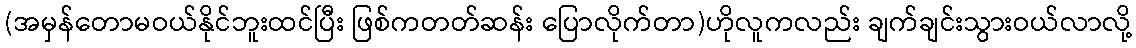
(အမှန်တောမဝယ်နိုင်ဘူးထင်ပြီး ဖြစ်ကတတ်ဆန်း ပြောလိုက်တာ)ဟိုလူကလည်း ချက်ချင်းသွားဝယ်လာလို့